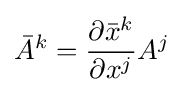
{\bar {A}}^{k}={\frac {\partial {\bar {x}}^{k}}{\partial x^{j}}}A^{j}